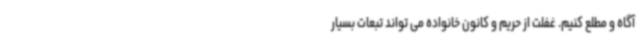
آگاه و مطلع کنیم. غفلت از حریم و کانون خانواده می تواند تبعات بسیار